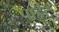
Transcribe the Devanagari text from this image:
पाईंट